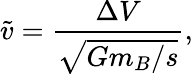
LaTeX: \tilde{v}=\frac{\Delta V}{\sqrt{Gm_{B}/s}},